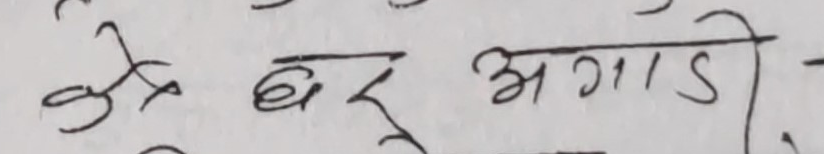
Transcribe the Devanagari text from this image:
त्यो घर अगाडि